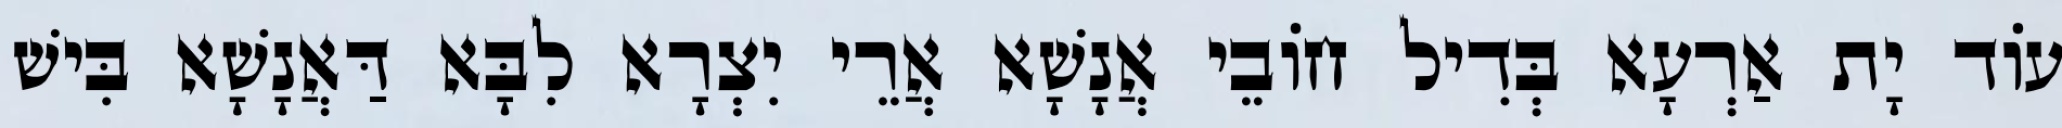
עוֹד יָת אַרְעָא בְּדִיל חוֹבֵי אֲנָשָׁא אֲרֵי יִצְרָא לִבָּא דַּאֲנָשָׁא בִּישׁ